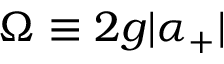
\Omega \equiv 2 g | \alpha _ { + } |